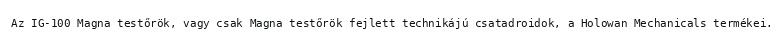
Az IG-100 Magna testőrök, vagy csak Magna testőrök fejlett technikájú csatadroidok, a Holowan Mechanicals termékei.